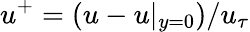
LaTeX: u^{+}=(u-u|_{y=0})/u_{\tau}